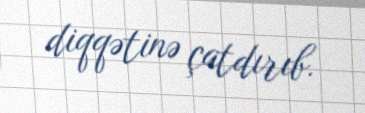
diqqətinə çatdırıb.